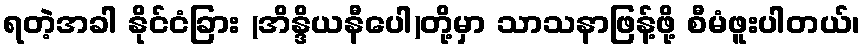
ရတဲ့အခါ နိုင်ငံခြား (အိန္ဒိယနီပေါ)တို့မှာ သာသနာဖြန့်ဖို့ စီမံဖူးပါတယ်၊